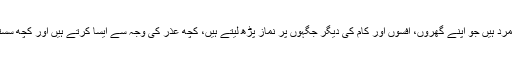
بہت سارے ایسے مسلمان مرد ہیں جو اپنے گھروں، آفسوں اور کام کی دیگر جگہوں پر نماز پڑھ لیتے ہیں، کچھ عذر کی وجہ سے ایسا کرتے ہیں اور کچھ سستی یا سہولت کی وجہ سے۔